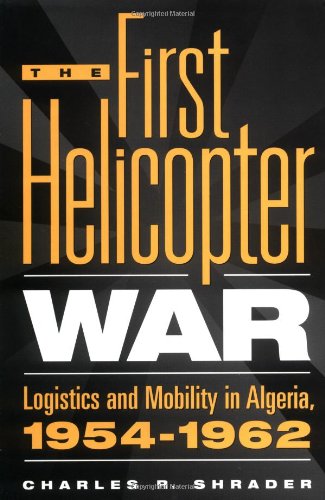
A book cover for The First Helicopter War: Logistics and Mobility in Algeria, 1954-1962; Charles R. Shrader; History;